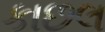
કાછલ